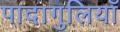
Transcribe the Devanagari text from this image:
पादागुलियाँ